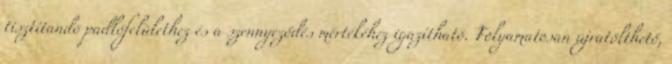
tisztítandó padlófelülethez és a szennyeződés mértékéhez igazítható. Folyamatosan újratölthető,